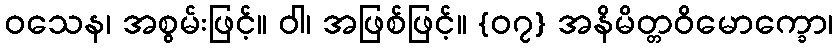
ဝသေန၊ အစွမ်းဖြင့်။ ဝါ၊ အဖြစ်ဖြင့်။ {၀၇} အနိမိတ္တဝိမောက္ခော၊